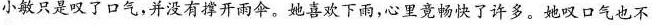
小敏只是叹了口气，并没有撑开雨伞。她喜欢下雨，心里竟畅快了许多。她叹口气也不